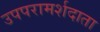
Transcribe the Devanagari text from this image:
उपपरामर्शदाता